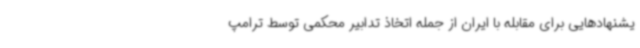
یشنهادهایی برای مقابله با ایران از جمله اتخاذ تدابیر محکمی توسط ترامپ